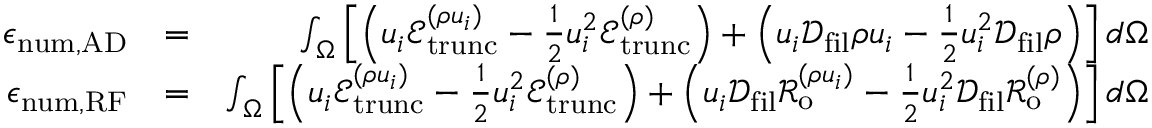
\begin{array} { r l r } { \epsilon _ { \mathrm { n u m , A D } } } & { = } & { \int _ { \Omega } \left[ \left( u _ { i } \mathcal { E } _ { \mathrm { t r u n c } } ^ { ( \rho u _ { i } ) } - \frac { 1 } { 2 } u _ { i } ^ { 2 } \mathcal { E } _ { \mathrm { t r u n c } } ^ { ( \rho ) } \right) + \left( u _ { i } \mathcal { D } _ { \mathrm { f i l } } \rho u _ { i } - \frac { 1 } { 2 } u _ { i } ^ { 2 } \mathcal { D } _ { \mathrm { f i l } } \rho \right) \right] d \Omega } \\ { \epsilon _ { \mathrm { n u m , R F } } } & { = } & { \int _ { \Omega } \left[ \left( u _ { i } \mathcal { E } _ { \mathrm { t r u n c } } ^ { ( \rho u _ { i } ) } - \frac { 1 } { 2 } u _ { i } ^ { 2 } \mathcal { E } _ { \mathrm { t r u n c } } ^ { ( \rho ) } \right) + \left( u _ { i } \mathcal { D } _ { \mathrm { f i l } } \mathcal { R } _ { \mathrm { o } } ^ { ( \rho u _ { i } ) } - \frac { 1 } { 2 } u _ { i } ^ { 2 } \mathcal { D } _ { \mathrm { f i l } } \mathcal { R } _ { \mathrm { o } } ^ { ( \rho ) } \right) \right] d \Omega } \end{array}